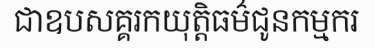
ជាឧបសគ្គរកយុត្តិធម៌ជូនកម្មករ